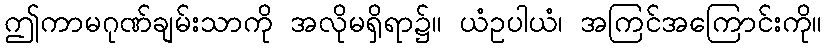
ဤကာမဂုဏ်ချမ်းသာကို အလိုမရှိရာ၌။ ယံဥပါယံ၊ အကြင်အကြောင်းကို။